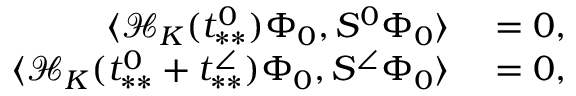
\begin{array} { r l } { \langle \mathcal { H } _ { K } ( t _ { * * } ^ { 0 } ) \Phi _ { 0 } , S ^ { 0 } \Phi _ { 0 } \rangle } & { { } = 0 , } \\ { \langle \mathcal { H } _ { K } ( t _ { * * } ^ { 0 } + t _ { * * } ^ { \angle } ) \Phi _ { 0 } , S ^ { \angle } \Phi _ { 0 } \rangle } & { { } = 0 , } \end{array}